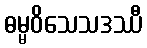
ဓမ္မဝိသေသဒဿီ